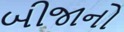
બીજાનો